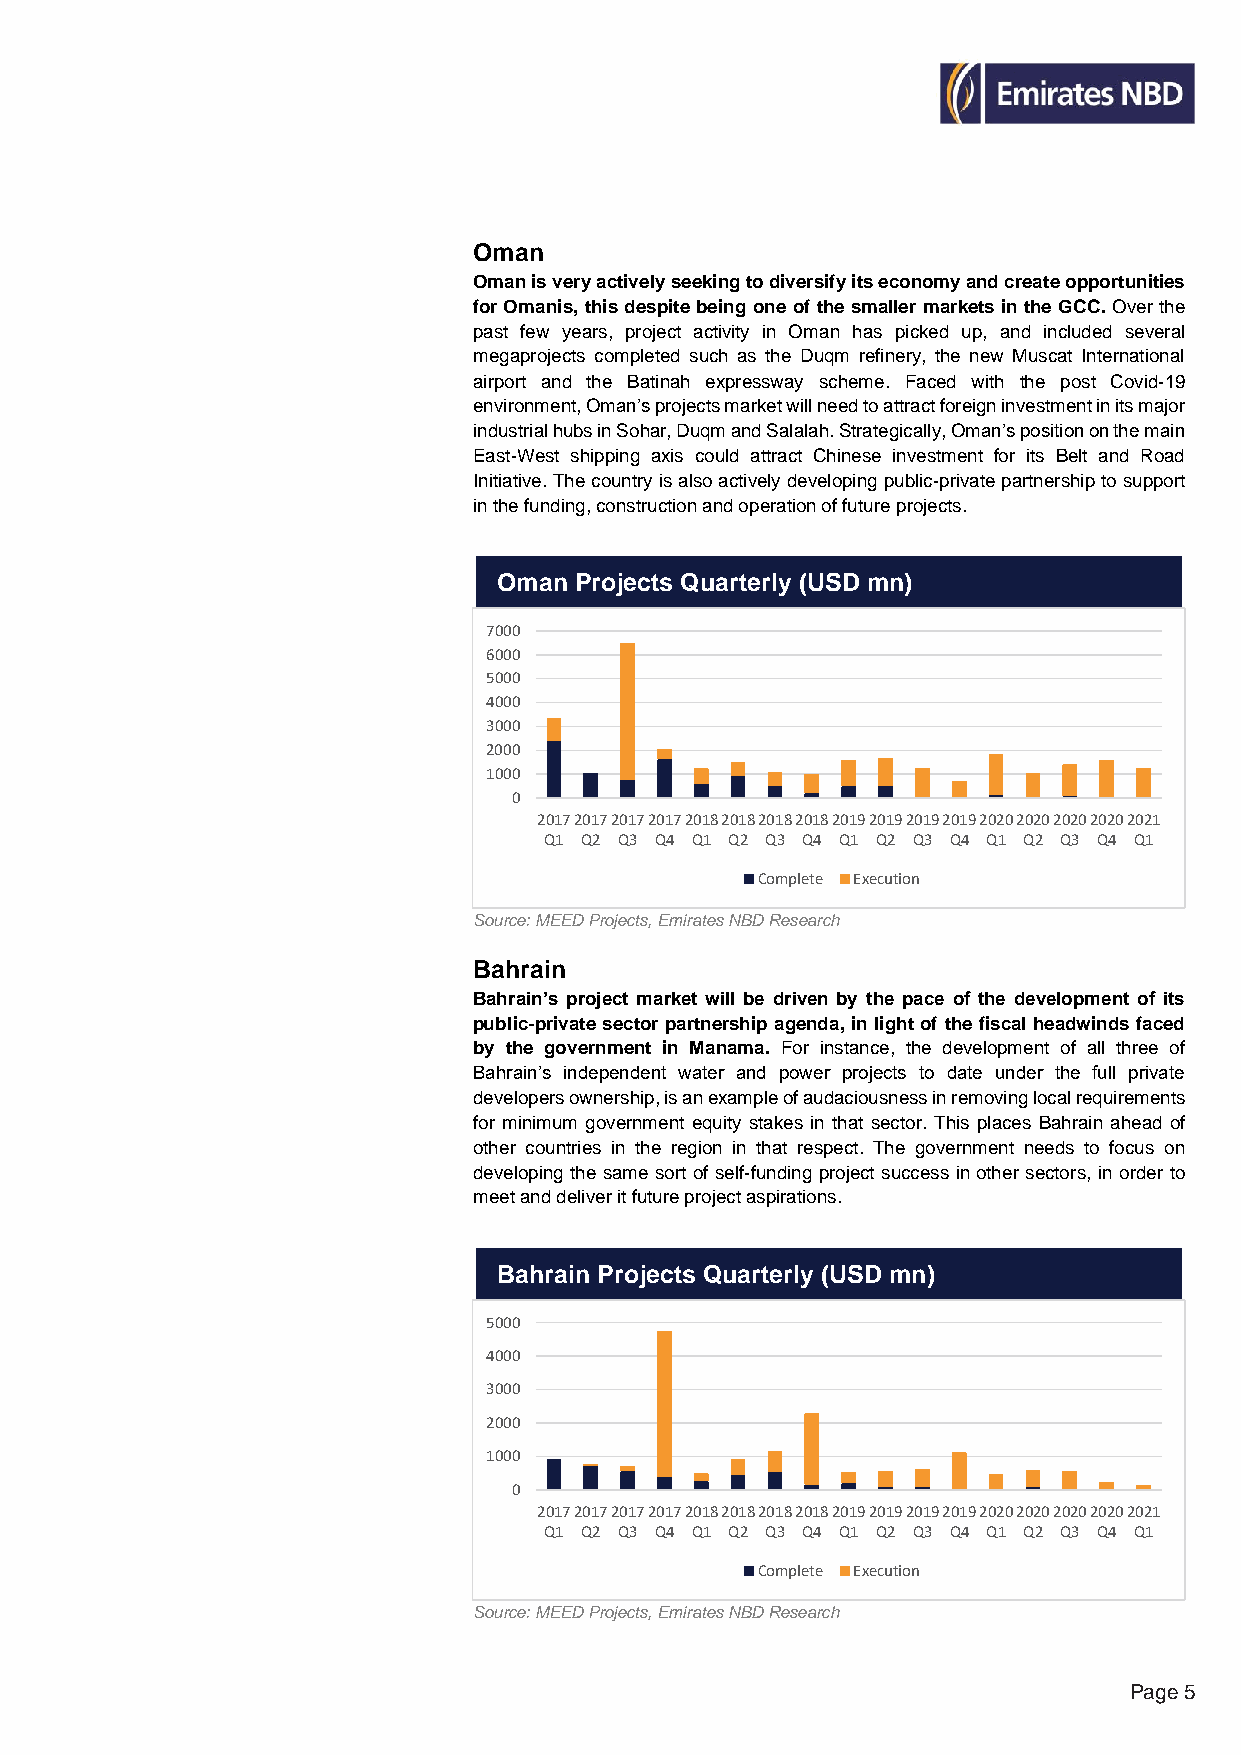
Oman
 Oman is very actively seeking to diversify its economy and create opportunities
 for Omanis, this despite being one of the smaller markets in the GCC. Over the
 past few years, project activity in Oman has picked up, and included several
 megaprojects completed such as the Duqm refinery, the new Muscat International
 airport and the Batinah expressway scheme. Faced with the post Covid-19
 environment, Oman’s projects market will need to attract foreign investment in its major
 industrial hubs in Sohar, Duqm and Salalah. Strategically, Oman’s position on the main
 East-West shipping axis could attract Chinese investment for its Belt and Road
 Initiative. The country is also actively developing public-private partnership to support
 in the funding, construction and operation of future projects.
 Oman Projects Quarterly (USD mn)
 7000
 6000
 5000
 4000
 3000
 2000
 1000
 0
 20172017201720172018201820182018201920192019201920202020202020202021
 Q1 Q2 Q3 Q4 Q1 Q2 Q3 Q4 Q1 Q2 Q3 Q4 Q1 Q2 Q3 Q4 Q1
 Complete Execution
 Source: MEED Projects, Emirates NBD Research
 Bahrain
 Bahrain’s project market will be driven by the pace of the development of its
 public-private sector partnership agenda, in light of the fiscal headwinds faced
 by the government in Manama. For instance, the development of all three of
 Bahrain’s independent water and power projects to date under the full private
 developers ownership, is an example of audaciousness in removing local requirements
 for minimum government equity stakes in that sector. This places Bahrain ahead of
 other countries in the region in that respect. The government needs to focus on
 developing the same sort of self-funding project success in other sectors, in order to
 meet and deliver it future project aspirations.
 Bahrain Projects Quarterly (USD mn)
 5000
 4000
 3000
 2000
 1000
 0
 20172017201720172018201820182018201920192019201920202020202020202021
 Q1 Q2 Q3 Q4 Q1 Q2 Q3 Q4 Q1 Q2 Q3 Q4 Q1 Q2 Q3 Q4 Q1
 Complete Execution
 Source: MEED Projects, Emirates NBD Research
 Page 5